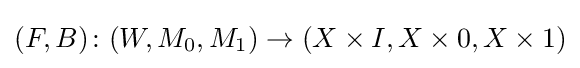
(F,B)\colon (W,M_{0},M_{1})\to (X\times I,X\times 0,X\times 1)